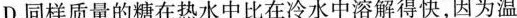
D.同样质量的糖在热水中比在冷水中溶解得快，因为温度